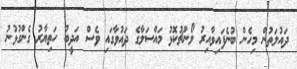
ދައުލަތުން މިހެން ބުނެފައިވާއިރު ލޯންޗުކޮޅު މައްސަލާގެ ދައުވާގައި ވެސް އަދީބު ހަތިޔާރު ގެންގުޅުނު